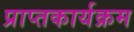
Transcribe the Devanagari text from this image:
प्राप्तकार्यक्रम